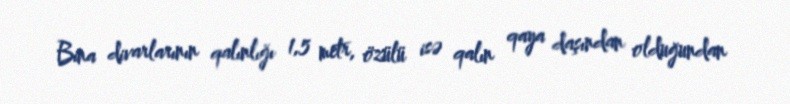
Bina divarlarının qalınlığı 1,5 metr, özülü isə qalın qaya daşından olduğundan